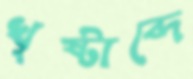
খৃষ্টাব্দে